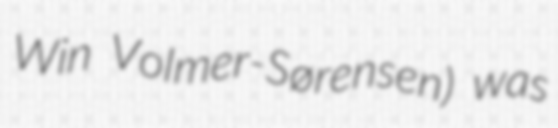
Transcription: Win Volmer-Sørensen) was